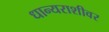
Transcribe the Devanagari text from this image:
धान्यराशीवर